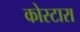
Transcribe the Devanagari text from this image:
कोस्‍टारा